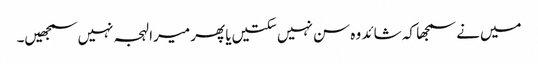
میں‌نے سمجھا کہ شائد وہ سن نہیں‌سکتیں‌یا پھر میرا لہجہ نہیں‌سمجھیں۔